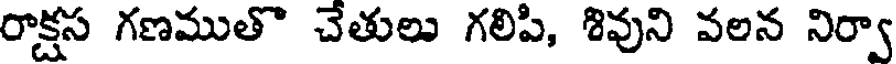
రాక్షస గణముతొ చేతులు గలిపి, శివుని వలన నిర్వా